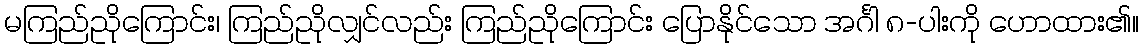
မကြည်ညိုကြောင်း၊ ကြည်ညိုလျှင်လည်း ကြည်ညိုကြောင်း ပြောနိုင်သော အင်္ဂါ ၈-ပါးကို ဟောထား၏။